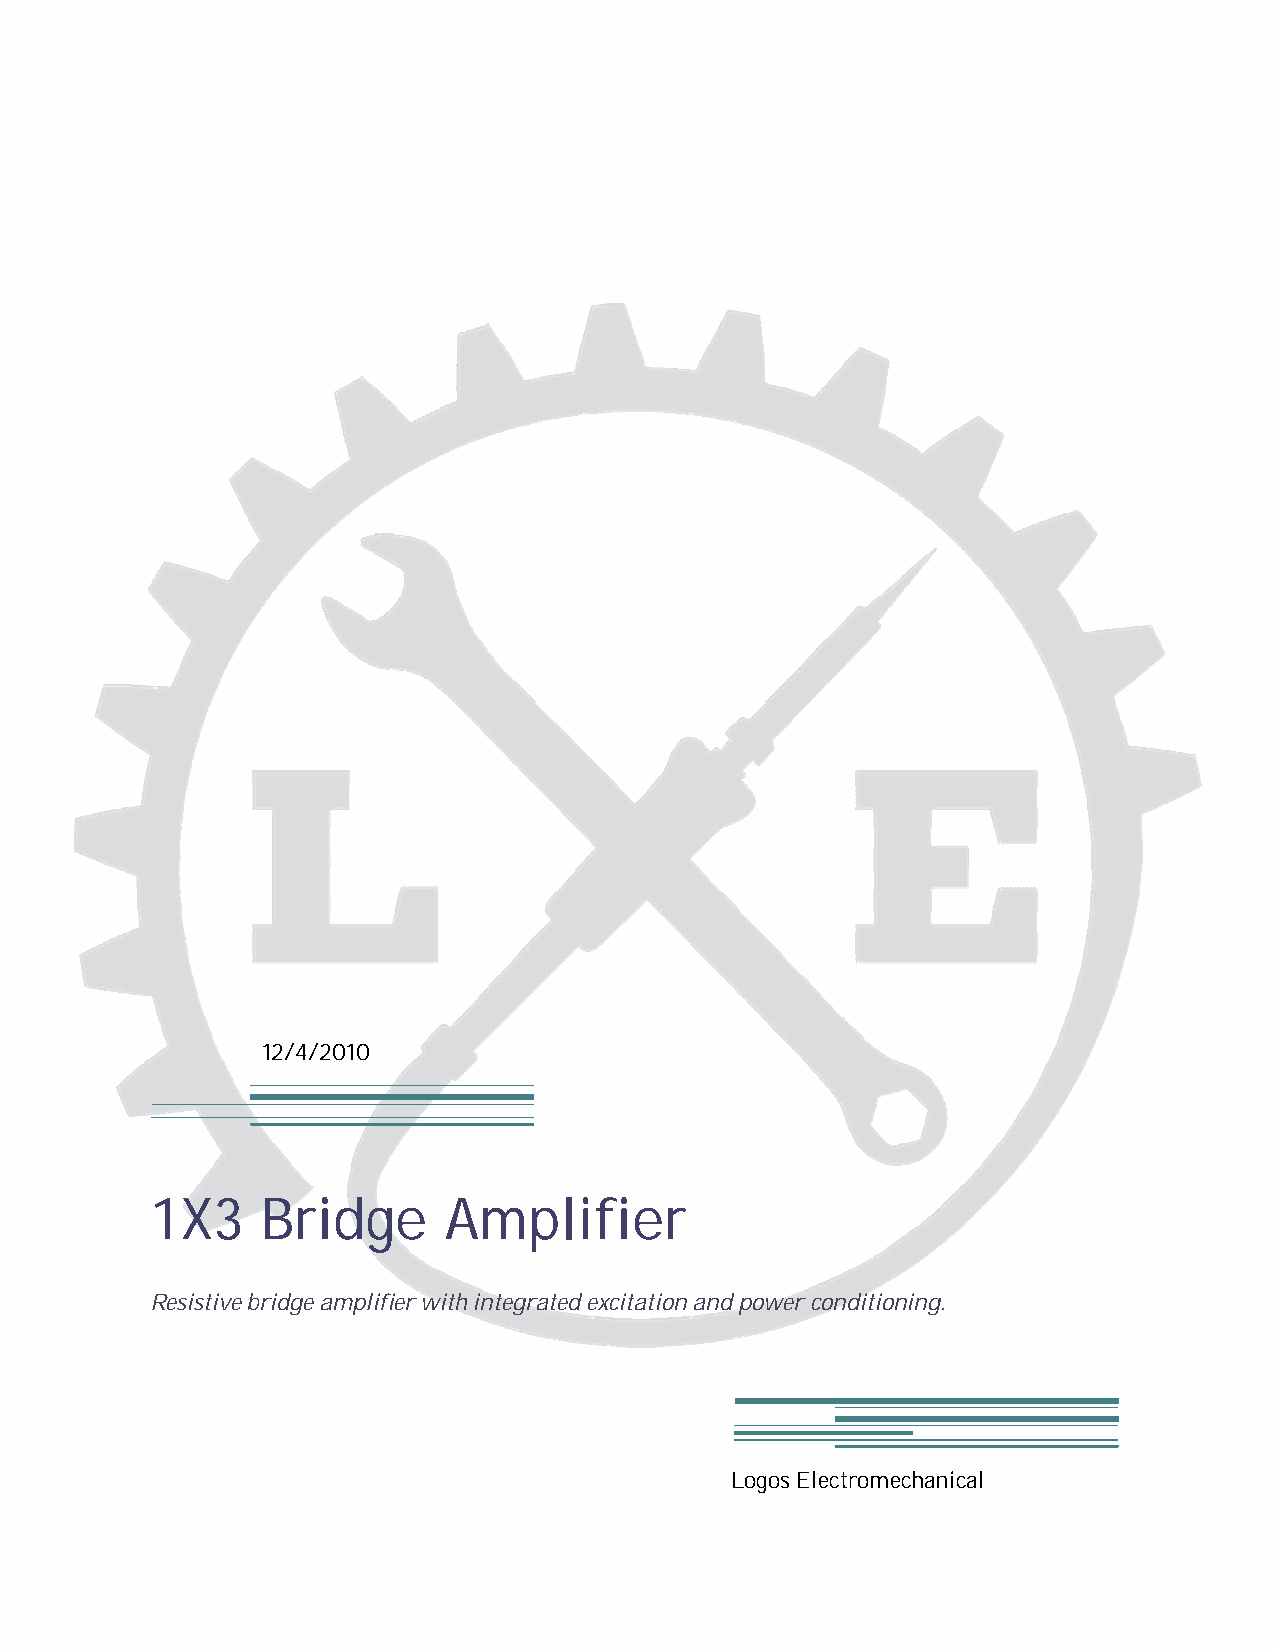
12/4/2010
 1X3    Bridge      Amplifier
 Resistive bridge amplifier with integrated excitation and power conditioning.
 Logos Electromechanical